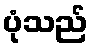
ပုံသည်